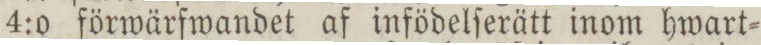
4:o förwärfwandet af infödelſerätt inom hwart=